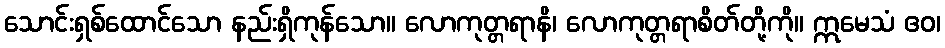
သောင်းရှစ်ထောင်သော နည်းရှိကုန်သော။ လောကုတ္တရာနိ၊ လောကုတ္တရာစိတ်တို့ကို။ ဣမေသံ ဧဝ၊